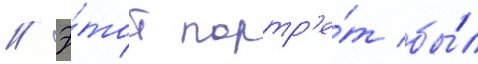
// Э́тот портр'е́т бы́л